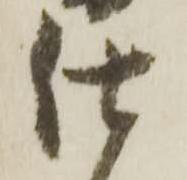
仕